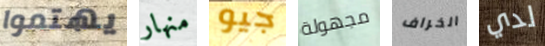
يهتموا منهار جيو مجهولة الخراف لدي